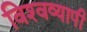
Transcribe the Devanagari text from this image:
विश्‍वव्यापी